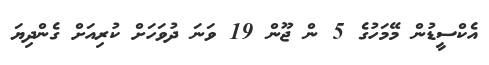
އެކްސީޑުން މޭމަހުގެ 5 ން ޖޫން 19 ވަނަ ދުވަހަށް ކުރިއަށް ގެންދިޔަ